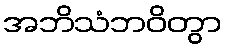
အဘိသံဘဝိတွာ